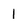
Character: 1